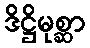
ဒိဋ္ဌိမုစ္ဆာ